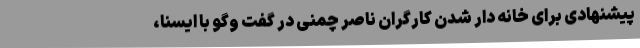
پیشنهادی برای خانه دار شدن کارگران ناصر چمنی در گفت وگو با ایسنا،